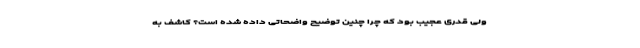
ولی قدری عجیب بود که چرا چنین توضیح واضحاتی داده شده است؟ کاشف به